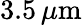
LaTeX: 3.5\, \mu\mathrm{{m}}